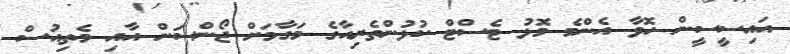
އައިސީސީން ހޮވާ އެންމެ މޮޅު ޓެސްޓް ކުޅުންތެރިއާގެ މަގާމަށް ޖޯންސަން އާއި މެތިއުސް